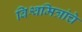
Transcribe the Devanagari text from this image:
विश्वमित्रांचे